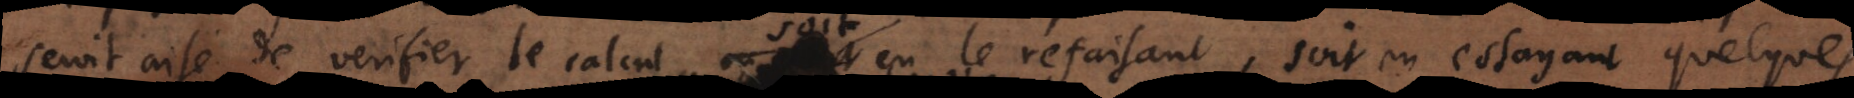
seroit aisé de verifier le calcul soit en le refaisant, soit en essayant quelques